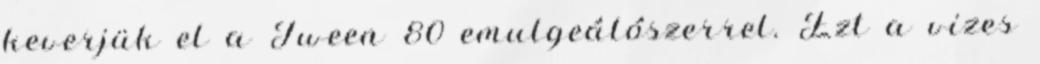
keverjük el a Tween 80 emulgeálószerrel. Ezt a vizes